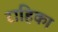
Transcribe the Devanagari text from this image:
राहिका